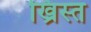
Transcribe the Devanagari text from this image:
ख्रिस्‍त्‍ा